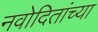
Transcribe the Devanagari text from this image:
नवोदितांच्या